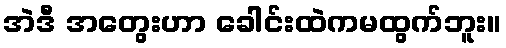
အဲဒီ အတွေးဟာ ခေါင်းထဲကမထွက်ဘူး။